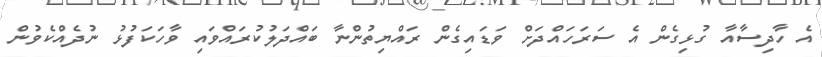
އެ ހާދިސާއާ ގުޅިގެން އެ ސަރަހައްދަށް ވަޑައިގެން ރައްޔިތުންނާ ބައްދަލުކުރައްވައި ވާހަކަފުޅު ނުދެއްކެވުން